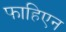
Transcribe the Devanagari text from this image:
फाहिएन